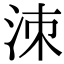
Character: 洓